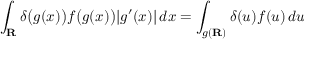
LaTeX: \int _ { \mathbf { R } } \delta { \bigl ( } g ( x ) { \bigr ) } f { \bigl ( } g ( x ) { \bigr ) } | g ^ { \prime } ( x ) | \, d x = \int _ { g ( \mathbf { R } ) } \delta ( u ) f ( u ) \, d u